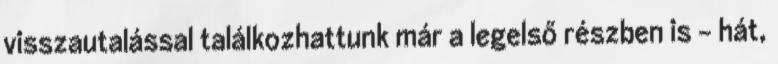
visszautalással találkozhattunk már a legelső részben is - hát,